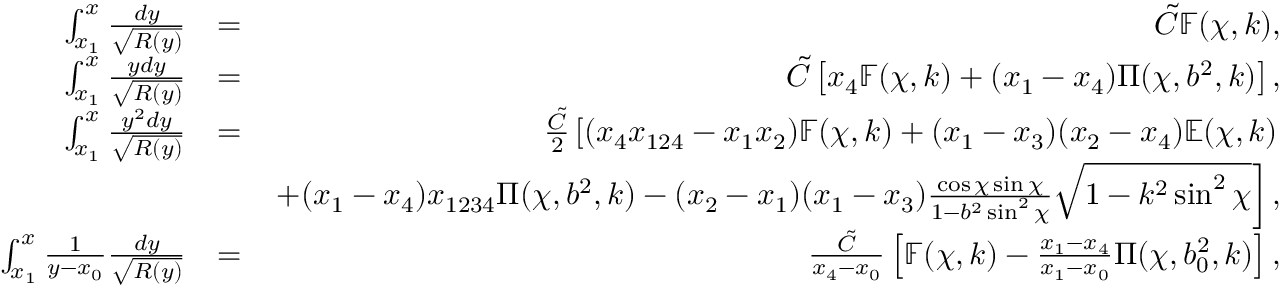
\begin{array} { r l r } { \int _ { x _ { 1 } } ^ { x } \frac { d y } { \sqrt { { \cal R } ( y ) } } } & { = } & { \tilde { C } \mathbb { F } ( \chi , k ) , } \\ { \int _ { x _ { 1 } } ^ { x } \frac { y d y } { \sqrt { { \cal R } ( y ) } } } & { = } & { \tilde { C } \left[ x _ { 4 } \mathbb { F } ( \chi , k ) + ( x _ { 1 } - x _ { 4 } ) \Pi ( \chi , b ^ { 2 } , k ) \right] , } \\ { \int _ { x _ { 1 } } ^ { x } \frac { y ^ { 2 } d y } { \sqrt { { \cal R } ( y ) } } } & { = } & { \frac { \tilde { C } } { 2 } \left[ ( x _ { 4 } x _ { 1 2 4 } - x _ { 1 } x _ { 2 } ) \mathbb { F } ( \chi , k ) + ( x _ { 1 } - x _ { 3 } ) ( x _ { 2 } - x _ { 4 } ) \mathbb { E } ( \chi , k ) \right. } \\ & { } & { \left. + ( x _ { 1 } - x _ { 4 } ) x _ { 1 2 3 4 } \Pi ( \chi , b ^ { 2 } , k ) - ( x _ { 2 } - x _ { 1 } ) ( x _ { 1 } - x _ { 3 } ) \frac { \cos \chi \sin \chi } { 1 - b ^ { 2 } \sin ^ { 2 } \chi } \sqrt { 1 - k ^ { 2 } \sin ^ { 2 } \chi } \right] , } \\ { \int _ { x _ { 1 } } ^ { x } \frac { 1 } { y - x _ { 0 } } \frac { d y } { \sqrt { { \cal R } ( y ) } } } & { = } & { \frac { \tilde { C } } { x _ { 4 } - x _ { 0 } } \left[ \mathbb { F } ( \chi , k ) - \frac { x _ { 1 } - x _ { 4 } } { x _ { 1 } - x _ { 0 } } \Pi ( \chi , b _ { 0 } ^ { 2 } , k ) \right] , } \end{array}